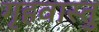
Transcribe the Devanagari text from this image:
गृहवास्तु